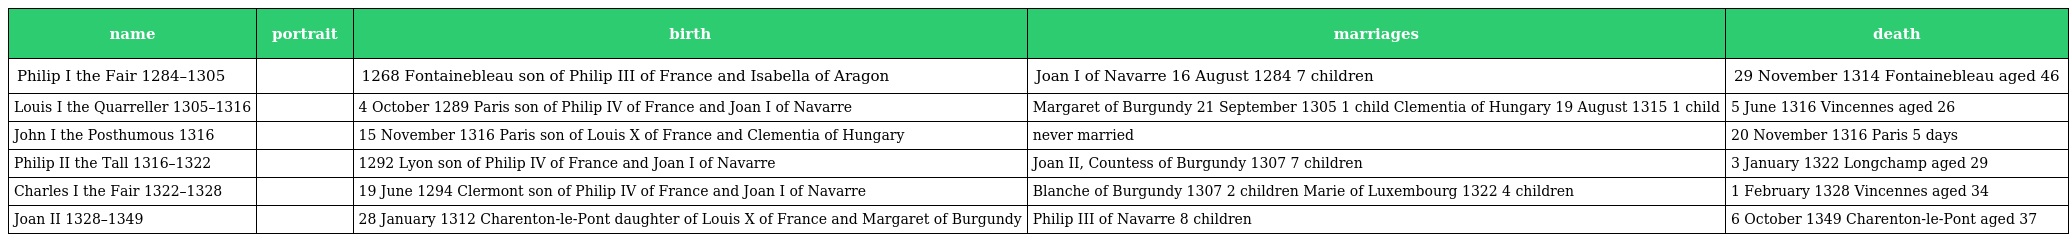
| name | portrait | birth | marriages | death |
 | --- | --- | --- | --- | --- |
 | Philip I the Fair 1284–1305 |  | 1268 Fontainebleau son of Philip III of France and Isabella of Aragon | Joan I of Navarre 16 August 1284 7 children | 29 November 1314 Fontainebleau aged 46 |
 | Louis I the Quarreller 1305–1316 |  | 4 October 1289 Paris son of Philip IV of France and Joan I of Navarre | Margaret of Burgundy 21 September 1305 1 child Clementia of Hungary 19 August 1315 1 child | 5 June 1316 Vincennes aged 26 |
 | John I the Posthumous 1316 |  | 15 November 1316 Paris son of Louis X of France and Clementia of Hungary | never married | 20 November 1316 Paris 5 days |
 | Philip II the Tall 1316–1322 |  | 1292 Lyon son of Philip IV of France and Joan I of Navarre | Joan II, Countess of Burgundy 1307 7 children | 3 January 1322 Longchamp aged 29 |
 | Charles I the Fair 1322–1328 |  | 19 June 1294 Clermont son of Philip IV of France and Joan I of Navarre | Blanche of Burgundy 1307 2 children Marie of Luxembourg 1322 4 children | 1 February 1328 Vincennes aged 34 |
 | Joan II 1328–1349 |  | 28 January 1312 Charenton-le-Pont daughter of Louis X of France and Margaret of Burgundy | Philip III of Navarre 8 children | 6 October 1349 Charenton-le-Pont aged 37 |